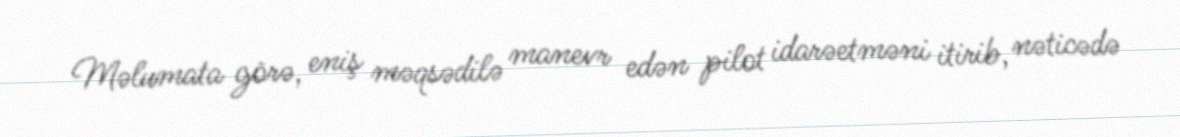
Məlumata görə, eniş məqsədilə manevr edən pilot idarəetməni itirib, nəticədə